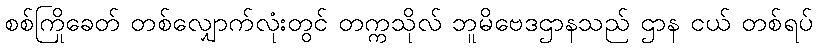
စစ်ကြိုခေတ် တစ်လျှောက်လုံးတွင် တက္ကသိုလ် ဘူမိဗေဒဌာနသည် ဌာန ငယ် တစ်ရပ်